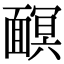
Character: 𩈹